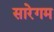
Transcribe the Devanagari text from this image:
सारेगम